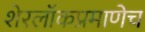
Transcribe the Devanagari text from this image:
शेरलाॅकप्रमाणेच